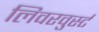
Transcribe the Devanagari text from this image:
लिवरवुर्स्ट